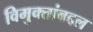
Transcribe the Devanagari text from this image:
विमुक्तांबद्दल